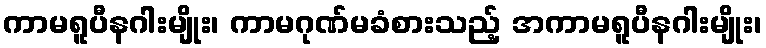
ကာမရူပီနဂါးမျိုး၊ ကာမဂုဏ်မခံစားသည့် အကာမရူပီနဂါးမျိုး၊